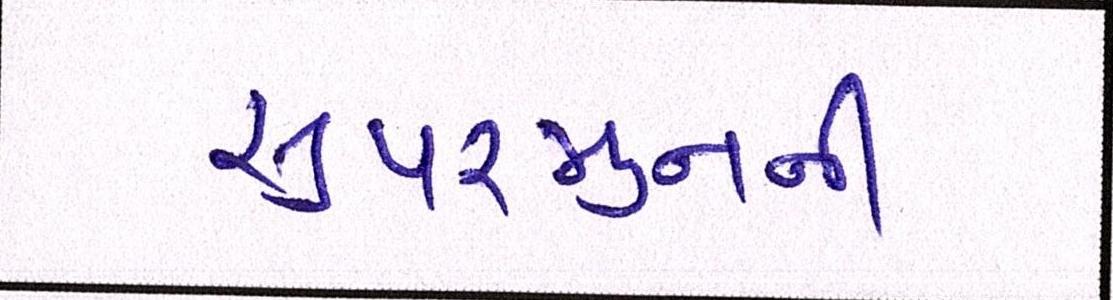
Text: સુપરમુનની